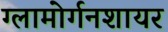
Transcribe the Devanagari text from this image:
ग्लामोर्गनशायर